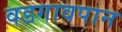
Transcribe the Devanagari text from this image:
वडगावपान